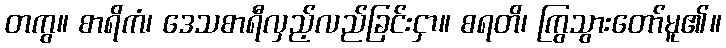
တကွ။ စာရိကံ၊ ဒေသစာရီလှည့်လည်ခြင်းငှာ။ စရတိ၊ ကြွသွားတော်မူ၏။